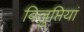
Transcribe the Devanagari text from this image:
विलुप्तियां